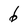
Character: b